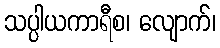
သပ္ပါယကာရီစ၊ လျောက်၊